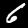
Label: 6